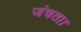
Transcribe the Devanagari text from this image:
जंचता।